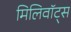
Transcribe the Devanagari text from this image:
मिलिवॉट्स